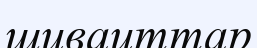
шиваиттар